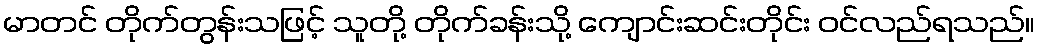
မာတင် တိုက်တွန်းသဖြင့် သူတို့ တိုက်ခန်းသို့ ကျောင်းဆင်းတိုင်း ဝင်လည်ရသည်။